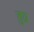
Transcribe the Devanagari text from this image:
तुग्र